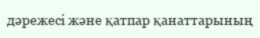
дәрежесі және қатпар қанаттарының